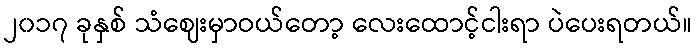
၂၀၁၇ ခုနှစ် သံဈေးမှာဝယ်တော့ လေးထောင့်ငါးရာ ပဲပေးရတယ်။